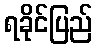
ရခိုင်ပြည်